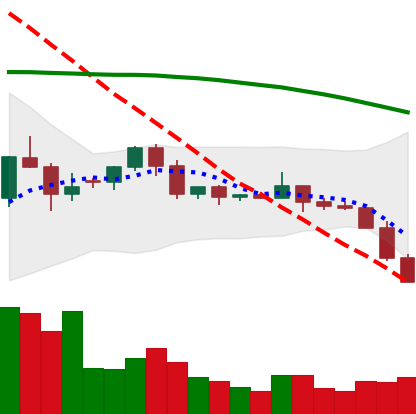
Ticker: ETC-USD
Chart end date: 2022-06-12
Forward return: -13.859%
Label: down_7plus